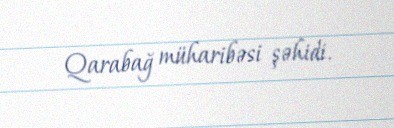
Qarabağ müharibəsi şəhidi.